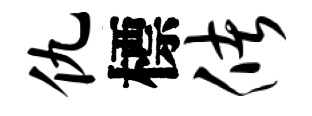
仇標储